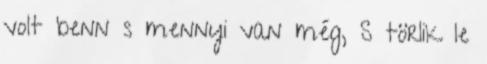
volt benn s mennyi van még, S törlik le